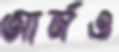
আর্মও